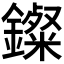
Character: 𨮏